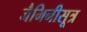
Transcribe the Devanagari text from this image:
जैमिनीसूत्र